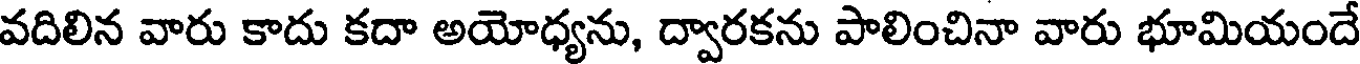
వదిలిన వారు కాదు కదా అయోధ్యను, ద్వారకను పాలించినా వారు భూమియందే